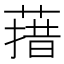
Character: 𰱳